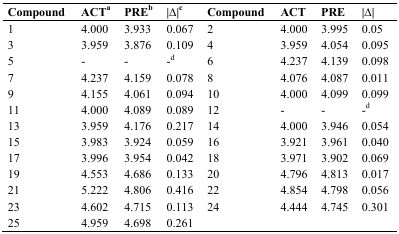
| Compound | ACTa | PREb | |Δ|c | Compound | ACT | PRE | |Δ| |
 | --- | --- | --- | --- | --- | --- | --- | --- |
 | 1 | 4.000 | 3.933 | 0.067 | 2 | 4.000 | 3.995 | 0.05 |
 | 3 | 3.959 | 3.876 | 0.109 | 4 | 3.959 | 4.054 | 0.095 |
 | 5 | - | - | -d | 6 | 4.237 | 4.139 | 0.098 |
 | 7 | 4.237 | 4.159 | 0.078 | 8 | 4.076 | 4.087 | 0.011 |
 | 9 | 4.155 | 4.061 | 0.094 | 10 | 4.000 | 4.099 | 0.099 |
 | 11 | 4.000 | 4.089 | 0.089 | 12 | - | - | -d |
 | 13 | 3.959 | 4.176 | 0.217 | 14 | 4.000 | 3.946 | 0.054 |
 | 15 | 3.983 | 3.924 | 0.059 | 16 | 3.921 | 3.961 | 0.040 |
 | 17 | 3.996 | 3.954 | 0.042 | 18 | 3.971 | 3.902 | 0.069 |
 | 19 | 4.553 | 4.686 | 0.133 | 20 | 4.796 | 4.813 | 0.017 |
 | 21 | 5.222 | 4.806 | 0.416 | 22 | 4.854 | 4.798 | 0.056 |
 | 23 | 4.602 | 4.715 | 0.113 | 24 | 4.444 | 4.745 | 0.301 |
 | 25 | 4.959 | 4.698 | 0.261 |  |  |  |  |